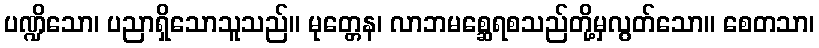
ပဏ္ဍိသော၊ ပညာရှိသောသူသည်။ မုတ္တေန၊ လာဘမစ္ဆေရစသည်တို့မှလွတ်သော။ စေတသာ၊